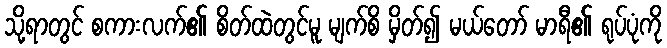
သို့ရာတွင် စကားလက်၏ စိတ်ထဲတွင်မူ မျက်စိ မှိတ်၍ မယ်တော် မာရီ၏ ရုပ်ပုံကို